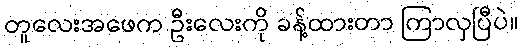
တူလေးအဖေက ဦးလေးကို ခန့်ထားတာ ကြာလှပြီပဲ။